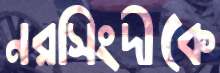
নরসিংদীকে